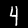
Label: 4